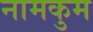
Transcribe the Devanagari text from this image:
नामकुम